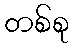
တစ်စု